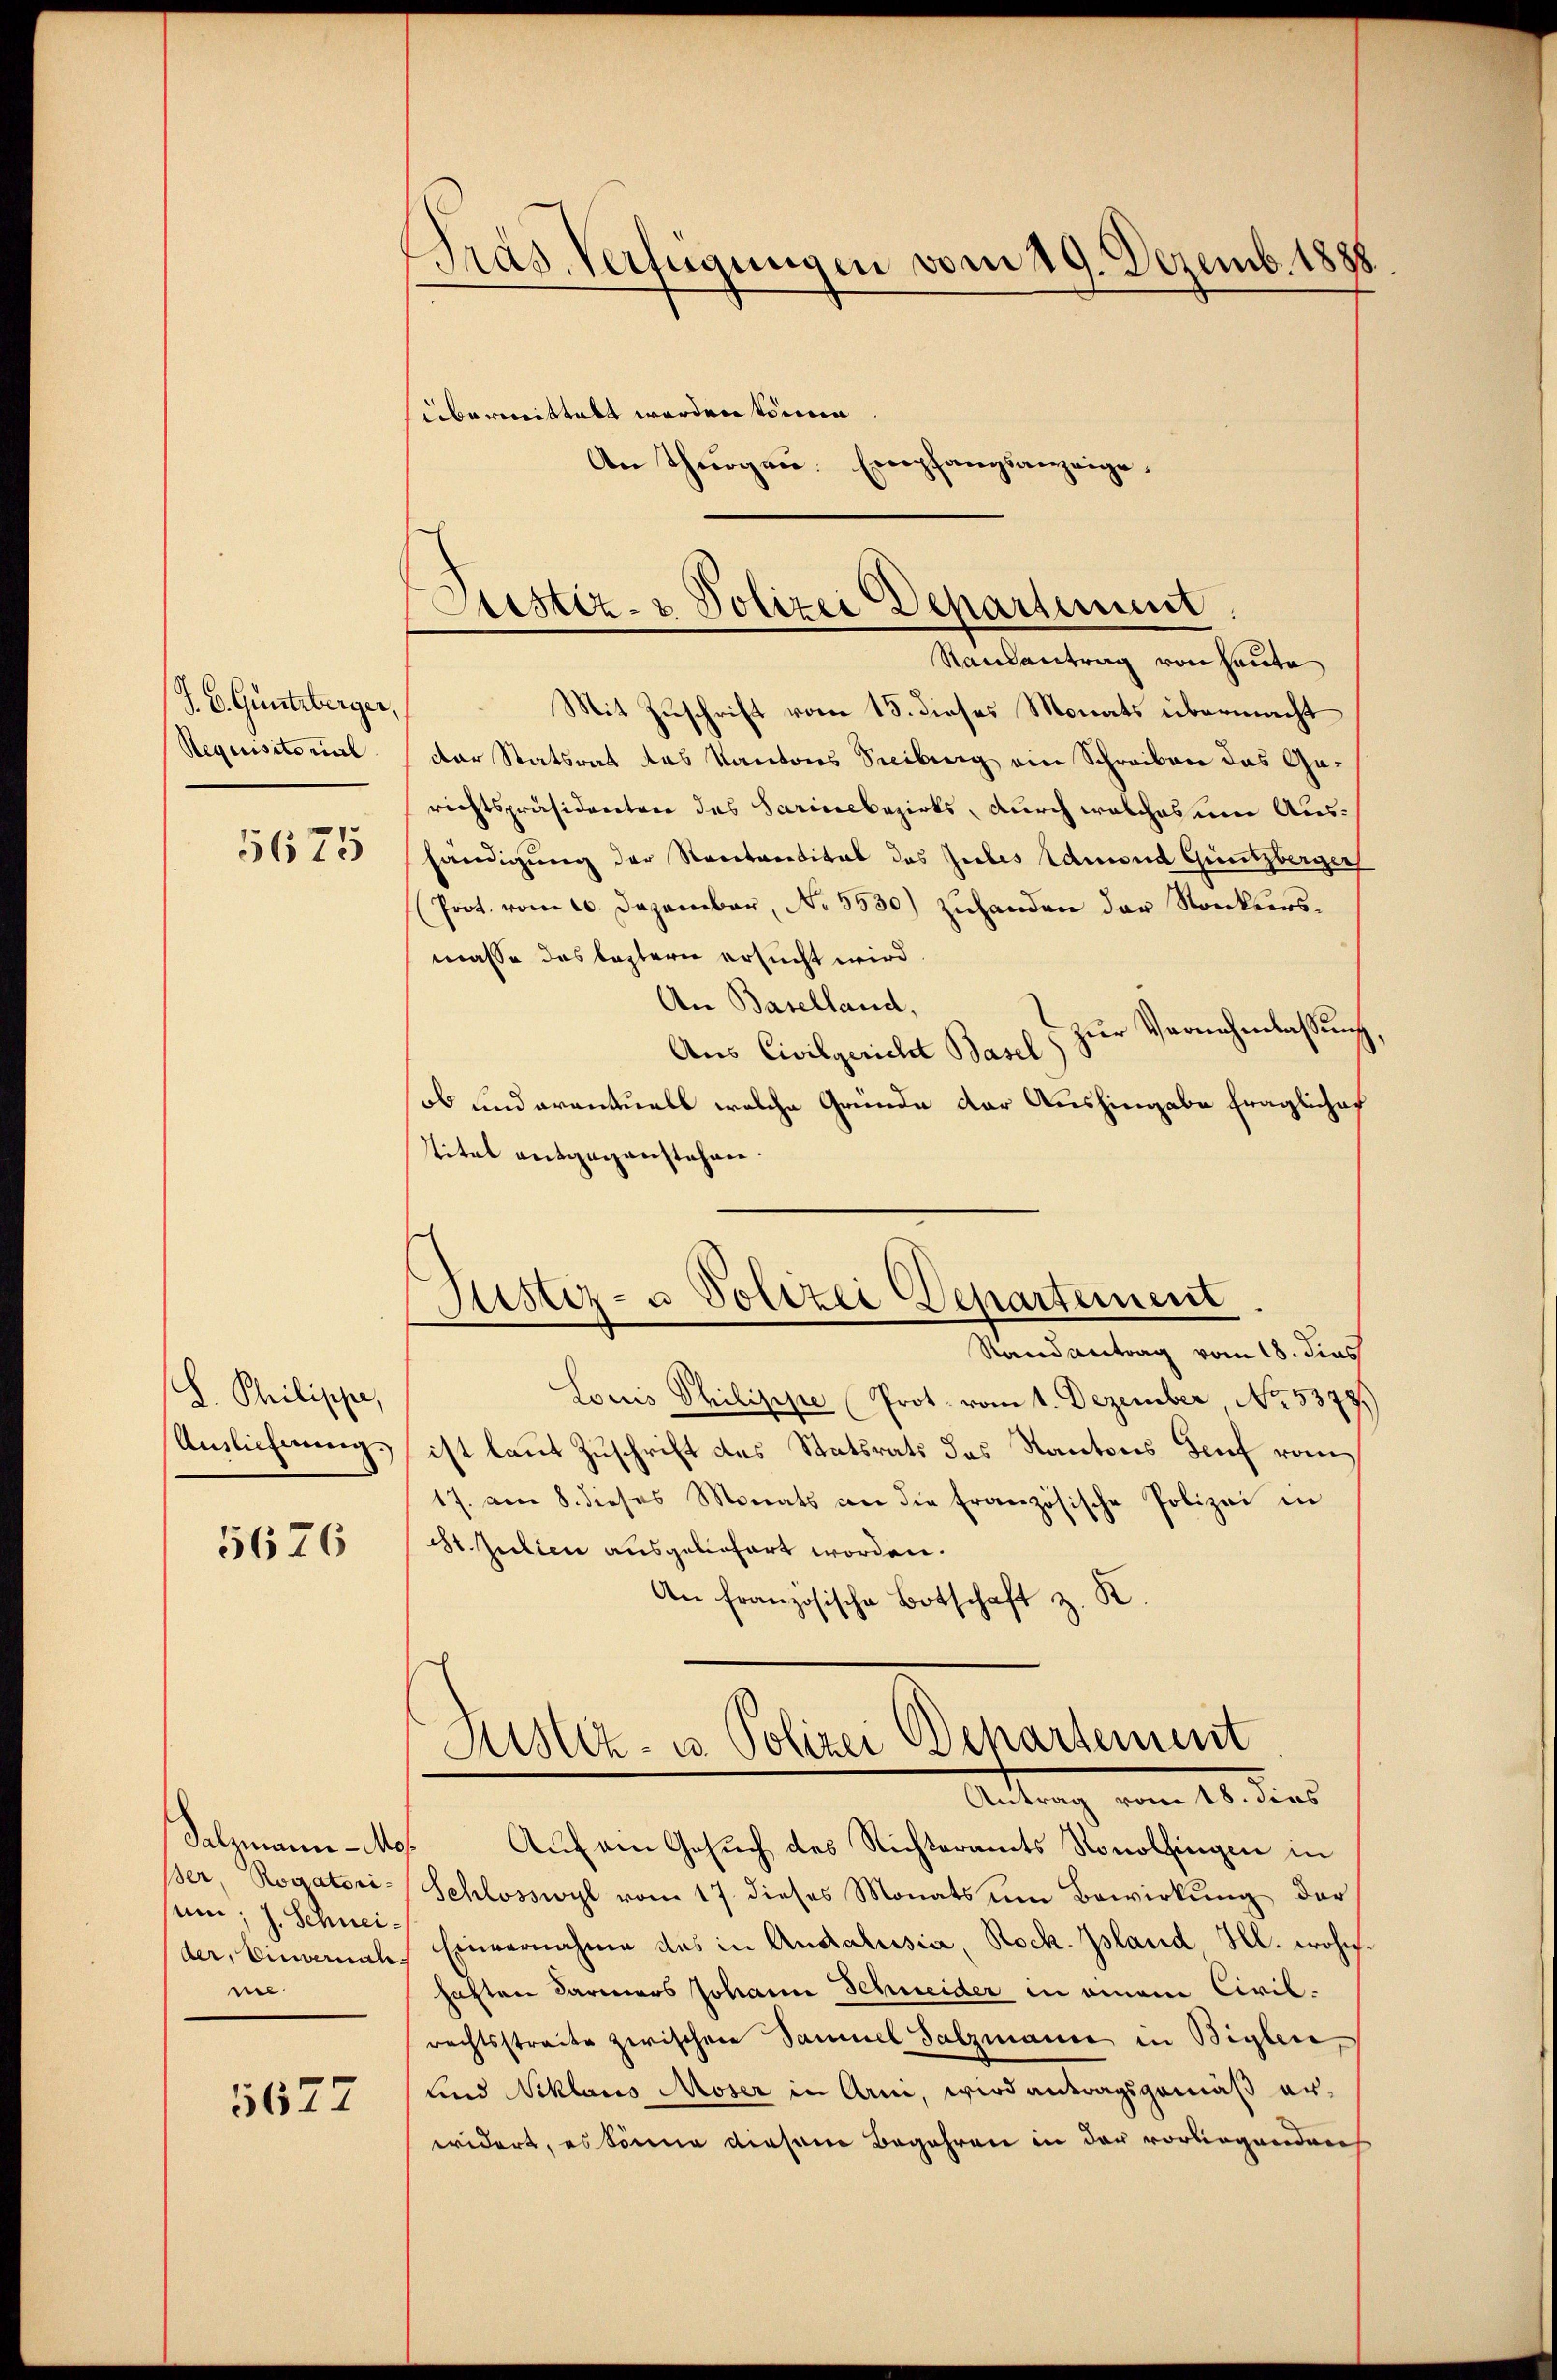
J. C. Guntrberger,
Requisitorial
5675

L. Philippe,
Auslicherung.

5676

Salzmann - Mo
ßer Rogatori-
um; J. Schneider, Einvernahne

5627

Gras Verfügungen vom 29. Dezemb. 1888.
übermittalt werden könne
An Thurgau. Empfangsanzeige,

Etistiz- & Polizei Departement
Randantrag von heute

Justiz- u Polizei Departement
Randantrag vom 18. dies

Mit Zuschrift vom 15. dieses Monats übermacht
der Statsrat das Kantons Freiburg ein Schreiben das Garichtspräsidereter des Sarineebezirks, durch welches ein Aushändigung der Rectoritital das Gutes Edmund Güntzberger
(Prot. vom 20. Dezember, No. 5530) zuhanden der Konkursmasse das leztern ersucht wird
An Baselland,
zur Vernehmlassung,
Aus Civilgericht Basel
ob und eventuell welche Gründe der Aushingabe fraglichef
Titel entgegenstehen.
Louis Philippe Prot. vom 1. Dezember No. 5378.)
ist laut Zuschrift des Statsrats des Kantons Genf vom
17. am 8. dieses Monats an die französische Polizei in
St. Julien ausgeliefert worden.
An französische Botschaft z. K
Sistiz- u Polizei Departement
Antrag vom 18. dies
Auf am Gesuch des Richteramts Ronolfingen in
Schlosswyl vom 17. dieses Monats ŭm Bewirkŭng der
Einvernahme des in Andalesia, Rock. Island Hl. wohn
haften Carmers Johann Schweider in einem Civilrechtsstraite zwischen Samuel Salzmanne in Biglen,
und Niklaus Moser in Arm, wird antragsgemäß erwidert, es könne diesem Begehren in der vorliegenden